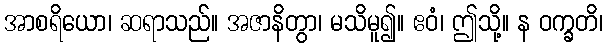
အာစရိယော၊ ဆရာသည်။ အဇာနိတွာ၊ မသိမူ၍။ ဧဝံ၊ ဤသို့။ န ဝက္ခတိ၊